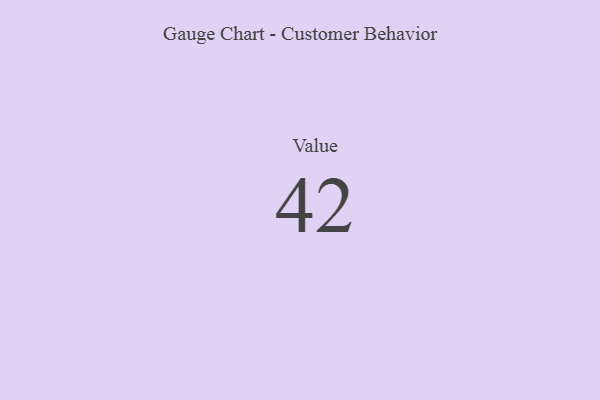
{"axis": {"x": "Metric", "y": "Value"}, "legend": [""], "data": [{"x": "Value", "y": 42, "type": ""}]}